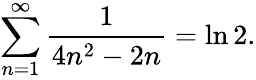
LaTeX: \sum_{n=1}^{\infty}{\frac{1}{4n^{2}-2n}}=\ln 2.